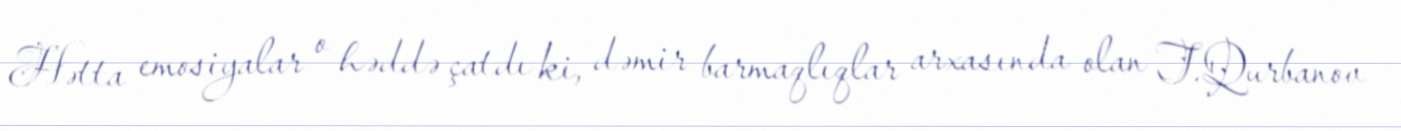
Hətta emosiyalar o həddə çatdı ki, dəmir barmaqlıqlar arxasında olan T.Qurbanov